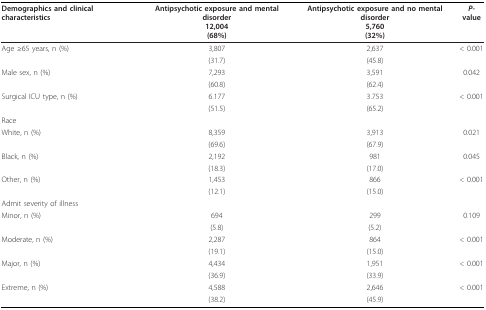
| Demographics and clinical characteristics | Antipsychotic exposure and mental disorder12,004(68%) | Antipsychotic exposure and no mental disorder5,760(32%) | P-value |
 | --- | --- | --- | --- |
 | Age ≥65 years, n (%) | 3,807 | 2,637 | < 0.001 |
 |  | (31.7) | (45.8) |  |
 | Male sex, n (%) | 7,293 | 3,591 | 0.042 |
 |  | (60.8) | (62.4) |  |
 | Surgical ICU type, n (%) | 6.177 | 3.753 | < 0.001 |
 |  | (51.5) | (65.2) |  |
 | Race |  |  |  |
 | White, n (%) | 8,359 | 3,913 | 0.021 |
 |  | (69.6) | (67.9) |  |
 | Black, n (%) | 2,192 | 981 | 0.045 |
 |  | (18.3) | (17.0) |  |
 | Other, n (%) | 1,453 | 866 | < 0.001 |
 |  | (12.1) | (15.0) |  |
 | Admit severity of illness |  |  |  |
 | Minor, n (%) | 694 | 299 | 0.109 |
 |  | (5.8) | (5.2) |  |
 | Moderate, n (%) | 2,287 | 864 | < 0.001 |
 |  | (19.1) | (15.0) |  |
 | Major, n (%) | 4,434 | 1,951 | < 0.001 |
 |  | (36.9) | (33.9) |  |
 | Extreme, n (%) | 4,588 | 2,646 | < 0.001 |
 |  | (38.2) | (45.9) |  |